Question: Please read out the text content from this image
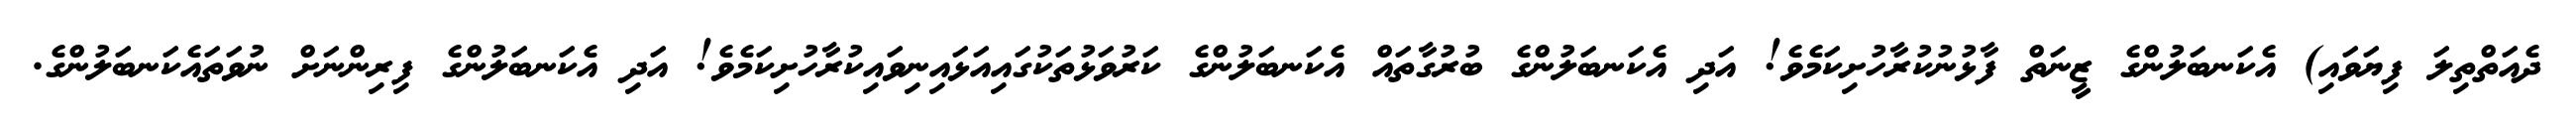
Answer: ދެއަތްތިލަ ފިޔަވައި) އެކަނބަލުންގެ ޒީނަތް ފާޅުނުކުރާހުށިކަމެވެ! އަދި އެކަނބަލުންގެ ބުރުގާތައް އެކަނބަލުންގެ ކަރުވަޅުތަކުގައިއަޅައިނިވައިކުރާހުށިކަމެވެ! އަދި އެކަނބަލުންގެ ފިރިންނަށް ނުވަތައެކަނބަލުންގެ.